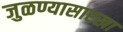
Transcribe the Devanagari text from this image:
जुळण्यासारखा